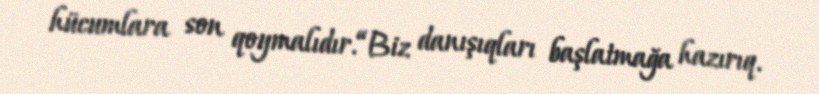
hücumlara son qoymalıdır.“Biz danışıqları başlatmağa hazırıq.